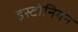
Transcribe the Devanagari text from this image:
इस्टोनियन